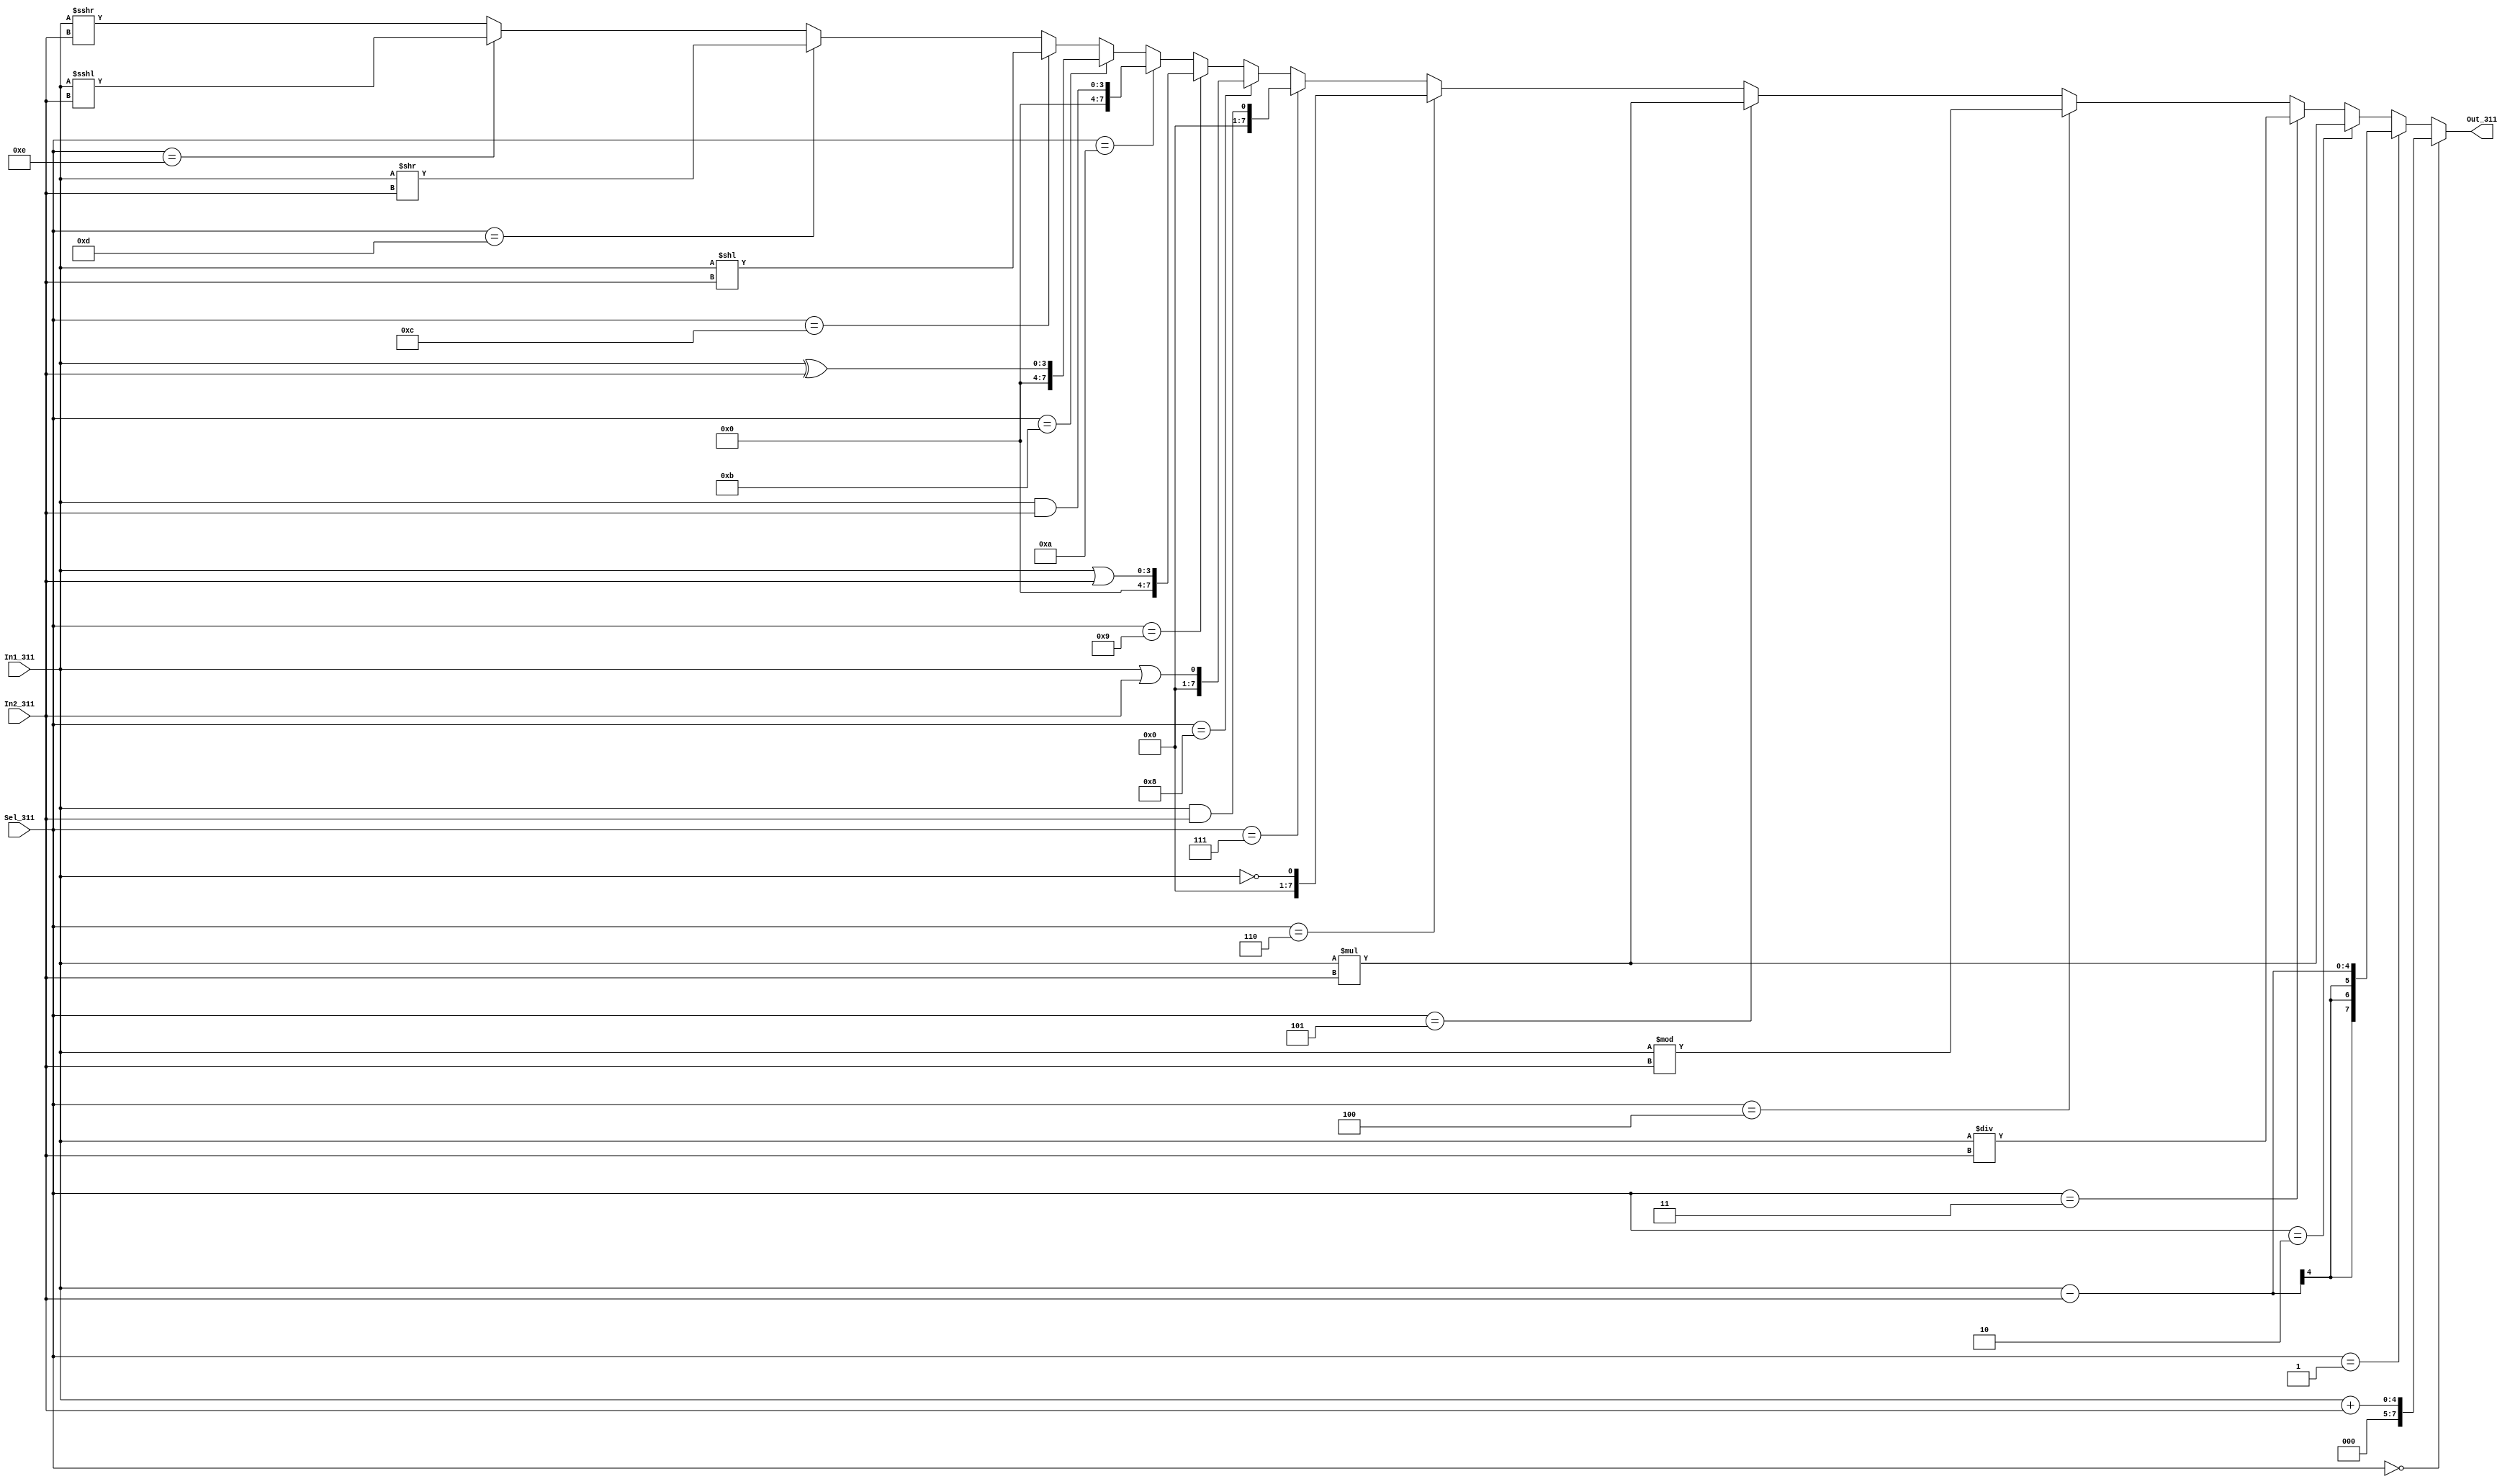
`timescale 1ns / 1ps
//////////////////////////////////////////////////////////////////////////////////
// Company: 
// Engineer: 
// 
// Design Name: 
// Module Name:    alu_311 
// Project Name: 
// Target Devices: 
// Tool versions: 
// Description: 
//
// Dependencies: 
//
// Revision: 
// Revision 0.01 - File Created
// Additional Comments: 
//
//////////////////////////////////////////////////////////////////////////////////
module alu_311(	
	output reg [7:0]Out_311,
	input [3:0]In1_311,In2_311,Sel_311 );
			always@(Sel_311,In1_311,In2_311)
				begin 
					if(Sel_311==0)
						Out_311=In1_311+In2_311;
					else if(Sel_311==1)
						Out_311=In1_311-In2_311;
					else if(Sel_311==2)
						Out_311=In1_311*In2_311;
					else if(Sel_311==3)
						Out_311=In1_311/In2_311;
					else if(Sel_311==4)
						Out_311=In1_311%In2_311;
					else if(Sel_311==5)
						Out_311=In1_311*In2_311;
					else if(Sel_311==6)
						Out_311=!In1_311;
					else if(Sel_311==7)
						Out_311=In1_311&&In2_311;
					else if(Sel_311==8)
						Out_311=In1_311||In2_311;
					else if(Sel_311==9)
						Out_311=In1_311|In2_311;
					else if(Sel_311==10)
						Out_311=In1_311&In2_311;
					else if(Sel_311==11)
						Out_311=In1_311^In2_311;
					else if(Sel_311==12)
						Out_311=In1_311<<In2_311;
					else if(Sel_311==13)
						Out_311=In1_311>>In2_311;
					else if(Sel_311==14)
						Out_311=In1_311<<<In2_311;
					else
					Out_311=In1_311>>>In2_311;
				end 
endmodule